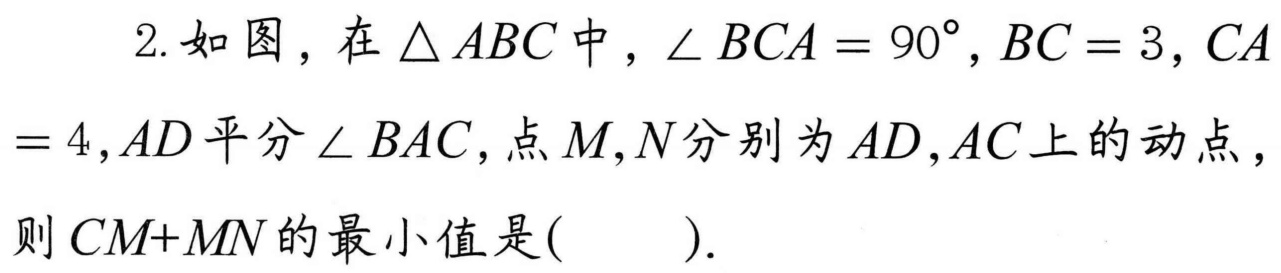
2. 如图，在\(\triangle ABC\)中，\(\angle BCA = 90^{\circ},BC = 3,CA\)
\(= 4,AD\)平分\(\angle BAC\)，点\(M,N\)分别为\(AD,AC\)上的动点，
则\(CM + MN\)的最小值是(  ).